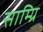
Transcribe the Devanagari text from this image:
साम्ग्रि